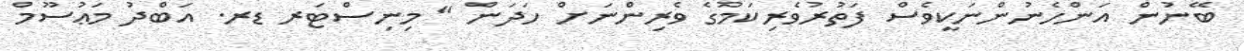
ބޭނުން އަންހެނުންނަކީވެސް ފަތުރުވެރިކަމުގެ ވެރިންނަށް ހަދަން " މިނިސްޓަރ ޑރ. އަބްދު މަޢުސޫމް